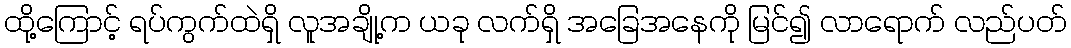
ထို့ကြောင့် ရပ်ကွက်ထဲရှိ လူအချို့က ယခု လက်ရှိ အခြေအနေကို မြင်၍ လာရောက် လည်ပတ်